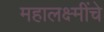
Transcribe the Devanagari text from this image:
महालक्ष्मींचे